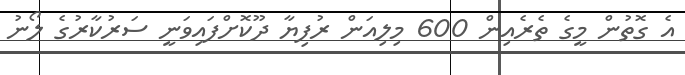
އެ ގޮތުން މީގެ ތެރެއިން 600 މިލިއަން ރުފިޔާ ދޫކޮށްފައިވަނީ ސަރުކާރުގެ ލޯނު